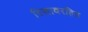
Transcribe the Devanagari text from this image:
रिसावरहित